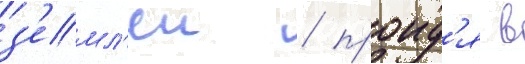
з'емл'еи / проид'я в